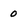
Character: 0